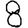
Digit: 8